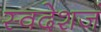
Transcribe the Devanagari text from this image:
स्वदेशजं